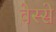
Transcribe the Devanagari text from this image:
वेस्से